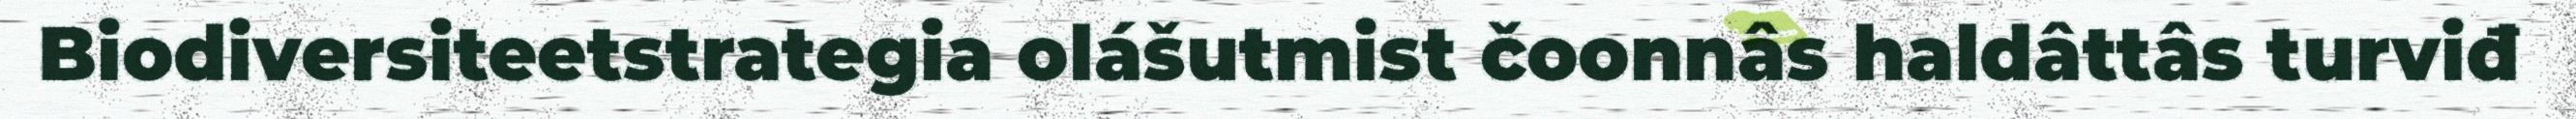
Biodiversiteetstrategia olášutmist čoonnâs haldâttâs turviđ